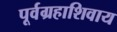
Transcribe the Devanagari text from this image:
पूर्वग्रहाशिवाय